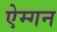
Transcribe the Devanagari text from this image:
ऐम्गन